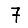
Digit: 7